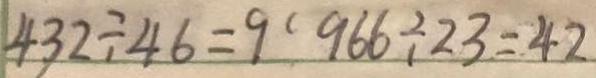
4 3 2 \div 4 6 = 9 0 9 6 6 \div 2 3 = 4 2